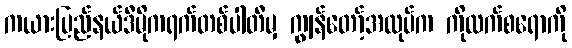
ကယားပြည်နယ်ဒီမိုကရက်တစ်ပါတီမှ ကျွန်တော့်အလုပ်က ကိုလက်စရောကို